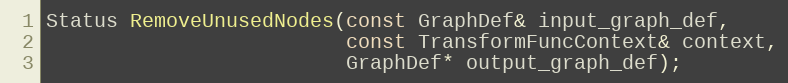
Language: C
Status RemoveUnusedNodes(const GraphDef& input_graph_def,
                         const TransformFuncContext& context,
                         GraphDef* output_graph_def);